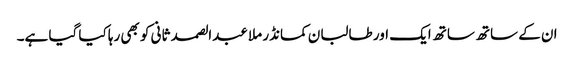
ان کے ساتھ ساتھ ایک اور طالبان کمانڈر ملا عبدالصمد ثانی کو بھی رہا کیا گیا ہے۔